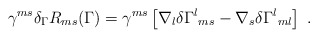
\begin{align*}\gamma^{ms}\delta_\Gamma R_{ms}(\Gamma)=\gamma^{ms}\left[\nabla_l\delta\Gamma^l{}_{ms}-\nabla_s \delta\Gamma^l{}_{ml}\right]\ .\end{align*}